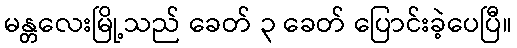
မန္တလေးမြို့သည် ခေတ် ၃ ခေတ် ပြောင်းခဲ့ပေပြီ။